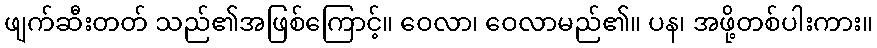
ဖျက်ဆီးတတ် သည်၏အဖြစ်ကြောင့်။ ဝေလာ၊ ဝေလာမည်၏။ ပန၊ အဖို့တစ်ပါးကား။